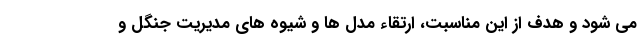
می شود و هدف از این مناسبت، ارتقاء مدل ها و شیوه های مدیریت جنگل و